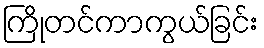
ကြိုတင်ကာကွယ်ခြင်း